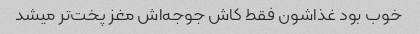
خوب بود غذاشون فقط کاش جوجه‌اش مغز پخت‌تر میشد